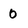
Character: 0